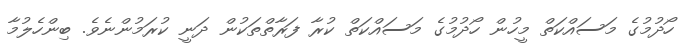
ހޯދުމުގެ މަސައްކަތް މީހުން ހޯދުމުގެ މަަސައްކަތް ކުރާ ފަރާތްތަކުން ދަނީ ކުރަމުންނެވެ. ބިންހެލުމާ